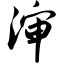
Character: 渖